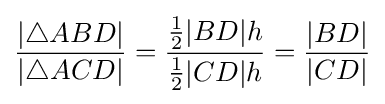
{\frac {|\triangle ABD|}{|\triangle ACD|}}={\frac {{\frac {1}{2}}|BD|h}{{\frac {1}{2}}|CD|h}}={\frac {|BD|}{|CD|}}